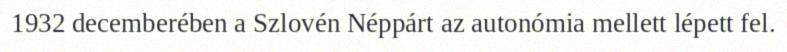
1932 decemberében a Szlovén Néppárt az autonómia mellett lépett fel.